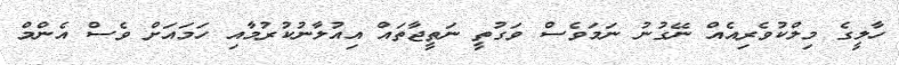
ހާލީގެ މިލްކުވެރިއެއް ނޭގުނު ނަމަވެސް ވަގުތީ ނަތީޖާތައް އިއުލާނުކުރުމާއި ހަމައަށް ވެސް އެންމް